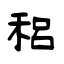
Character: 稆